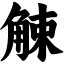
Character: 觫